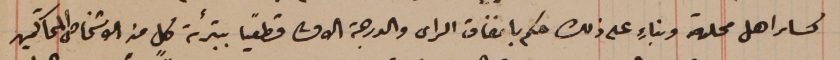
كساىر اهل محلة وبناءٍ على ذلك حكم باتفاق الراى والدرجة الاولى قطعيا ًبتبرئة كلٍ من الاشخاص  المحاكمين